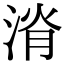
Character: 𣷩